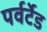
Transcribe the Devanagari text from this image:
पर्वर्टेड